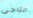
التاجي